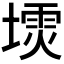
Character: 𪤙